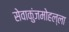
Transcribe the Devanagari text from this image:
सेवाकुंजमोहल्ला